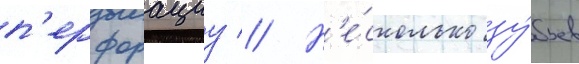
п'ерфорациу // Н'е́сколько зу́бьев